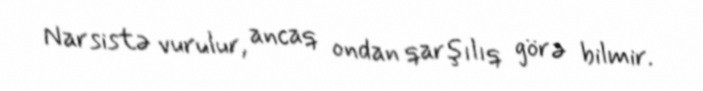
Narsistə vurulur, ancaq ondan qarşılıq görə bilmir.